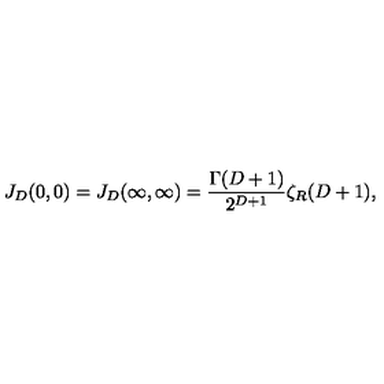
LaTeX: J _ { D } ( 0 , 0 ) = J _ { D } ( \infty , \infty ) = \frac { \Gamma ( D + 1 ) } { 2 ^ { D + 1 } } \zeta _ { R } ( D + 1 ) ,